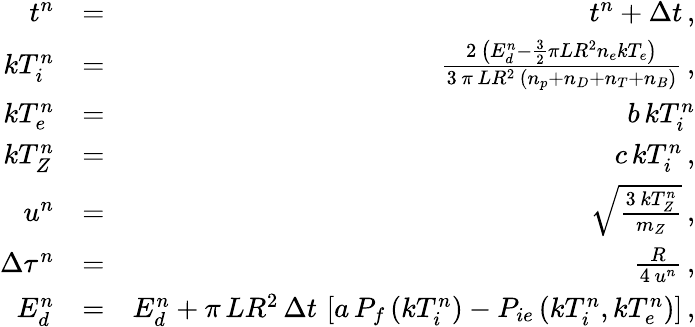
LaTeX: \begin{array}{rlr}{t^{n}}&{=}&{t^{n}+\Delta t\, ,}\\ {kT_{i}^{n}}&{=}&{\frac{2\, \left(E_{d}^{n}-\frac{3}{2}\pi LR^{2}n_{e}kT_{e}\right)}{3\, \pi\, LR^{2}\, \left(n_{p}+n_{D}+n_{T}+n_{B}\right)}\, ,}\\ {kT_{e}^{n}}&{=}&{b\, kT_{i}^{n}}\\ {kT_{Z}^{n}}&{=}&{c\, kT_{i}^{n}\, ,}\\ {u^{n}}&{=}&{\sqrt{\frac{3\, kT_{Z}^{n}}{m_{Z}}}\, ,}\\ {\Delta\tau^{n}}&{=}&{\frac{R}{4\, u^{n}}\, ,}\\ {E_{d}^{n}}&{=}&{E_{d}^{n}+\pi\, LR^{2}\, \Delta t\, \left[a\, P_{f}\left(kT_{i}^{n}\right)-P_{ie}\left(kT_{i}^{n},kT_{e}^{n}\right)\right]\, ,}\end{array}